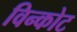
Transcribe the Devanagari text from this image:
विन्कोट